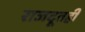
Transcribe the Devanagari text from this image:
राजदूतही